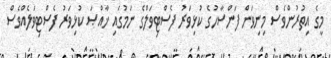
މީގެ އިތުރުންވެސް މިނިވަން ފަންސާހުގެ ކުޅިވަރު ފެސްޓިވަލްގެ ނަމުގައި ޚާއްޞަ ކުޅިވަރު ފެސްޓިވަލެއްވެސް